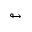
\looparrowright